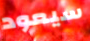
سيعود